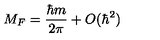
M _ { F } = \frac { \hbar m } { 2 \pi } + O ( \hbar ^ { 2 } )